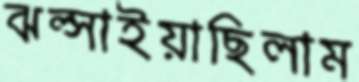
ঝল্‌সাইয়াছিলাম